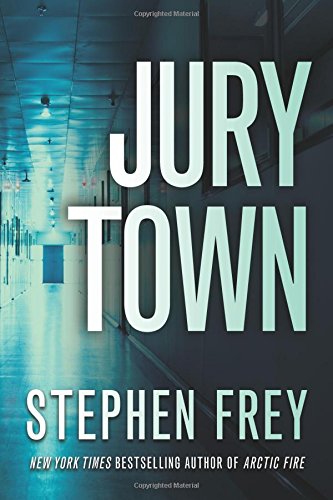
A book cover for Jury Town; Stephen W. Frey; Mystery, Thriller & Suspense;